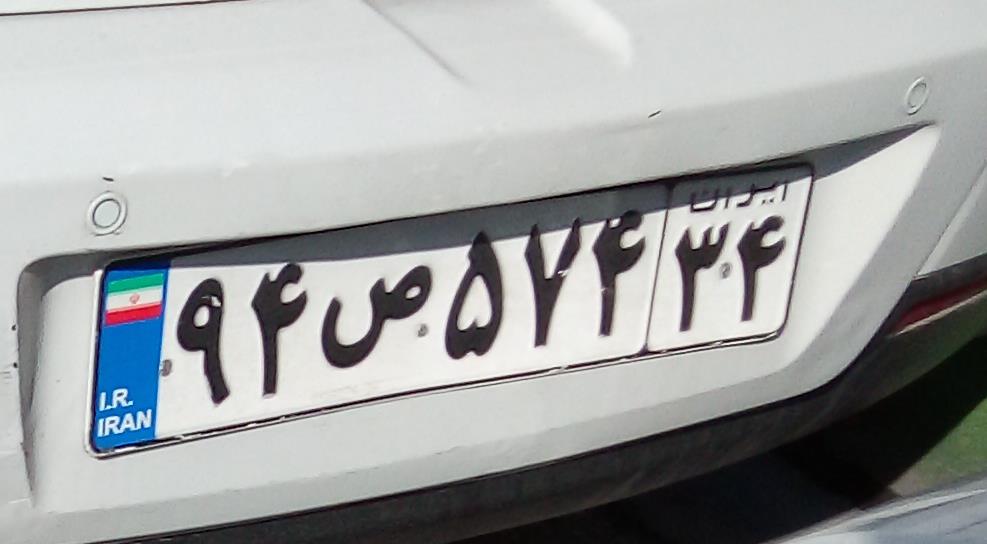
۹۴ص۵۷۴۳۴